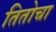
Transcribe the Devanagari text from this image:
तितोचा